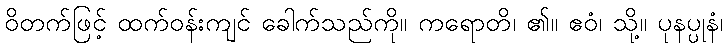
ဝိတက်ဖြင့် ထက်ဝန်းကျင် ခေါက်သည်ကို။ ကရောတိ၊ ၏။ ဧဝံ၊ သို့။ ပုနပ္ပုနံ၊